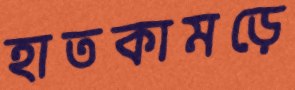
হাতকামড়ে